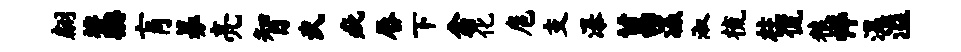
翩藁肓募亮智武疵唇下翕化扈支瀑菖瀛淑梳柱侃粮悴温溢